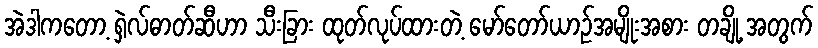
အဲဒါကတော့ ရှဲလ်ဓာတ်ဆီဟာ သီးခြား ထုတ်လုပ်ထားတဲ့ မော်တော်ယာဉ်အမျိုးအစား တချို့ အတွက်